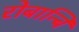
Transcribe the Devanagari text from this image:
रोबान्बि